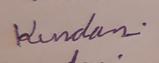
Signature authenticity: genuine